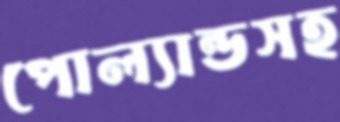
পোল্যান্ডসহ